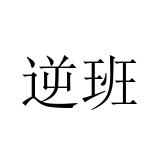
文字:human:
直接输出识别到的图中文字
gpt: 逆班